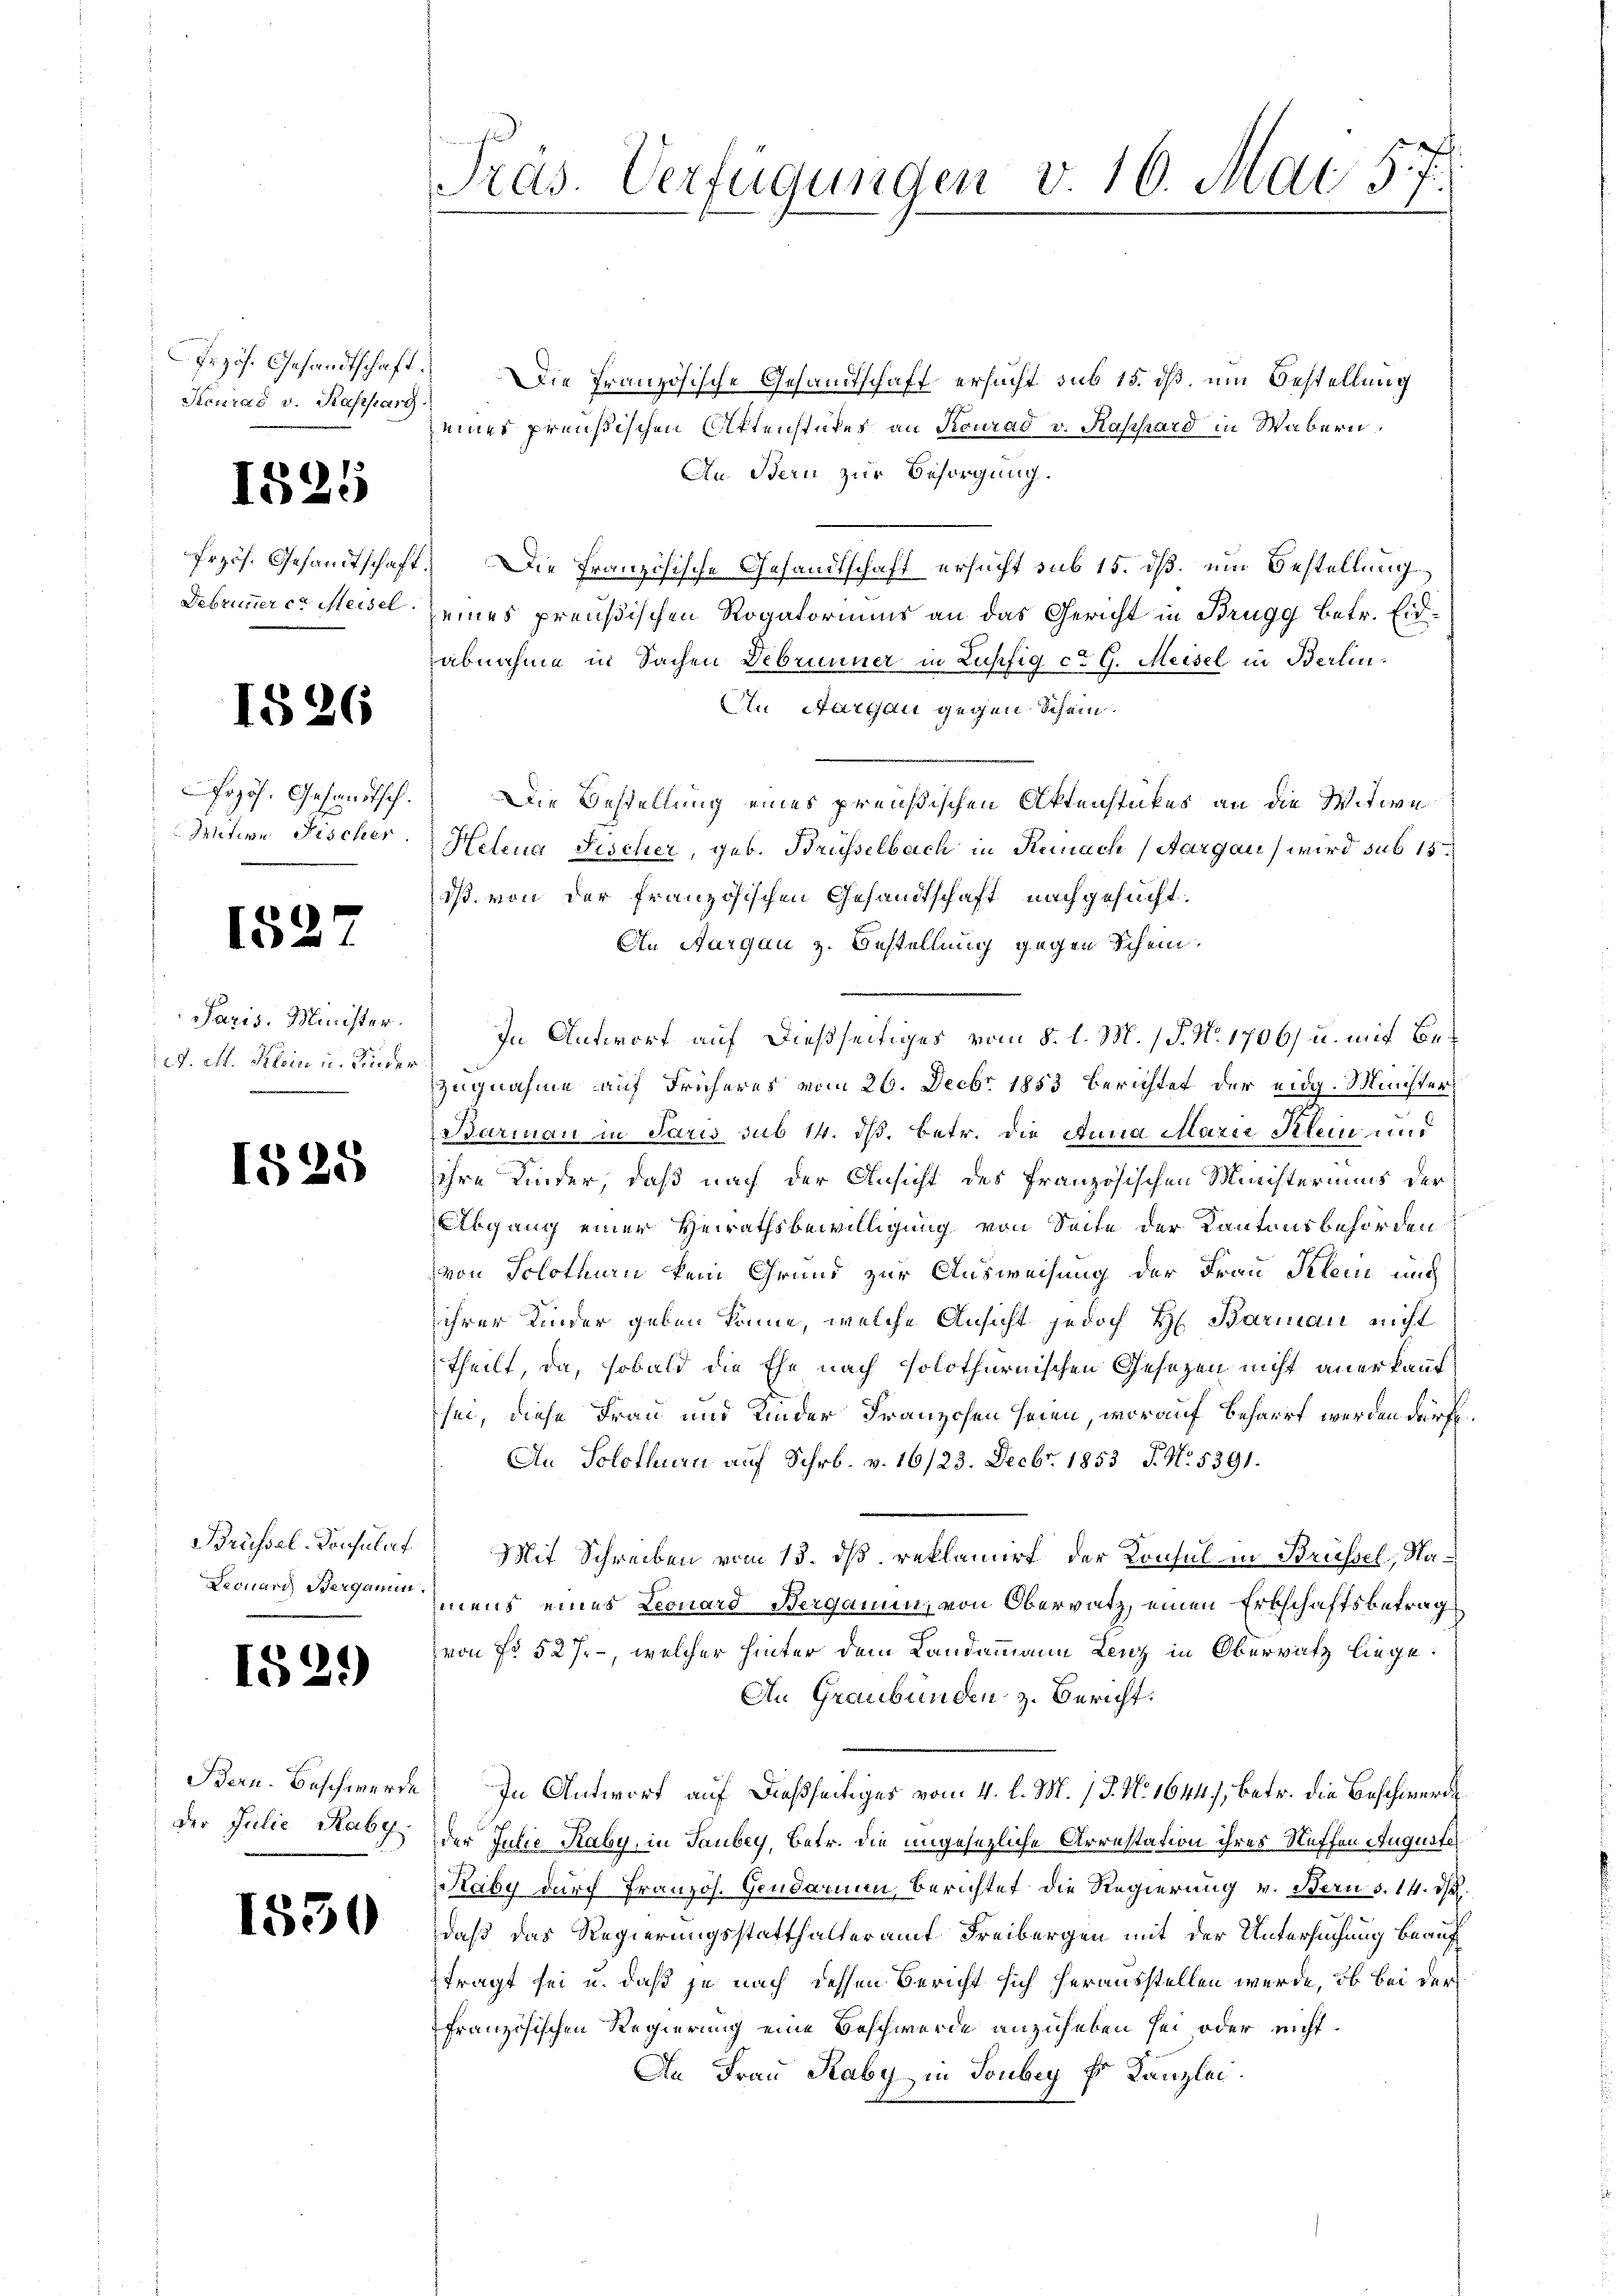
Przös. Gesandtschaft.
Heuras, v. Kassarg.

1825

frzös. Gesandtschaft:
Debrunner er Meisel

1526

rzös. Gesandtsch.
Witwe Fischer

1527

Paris. Minister.
A. M. Klein u. Kinder
d

1825

Brüssel-Konsulat
Leonard Berganen.

1529)

Bern. Beschwerde
Der Julie Raby.

1850

Pras. Verfügungen v. 16. Mai 57.

Die Französische Gesandtschaft ersucht sub 15. dß um Bestellung
eines preußischen Aktenstutes an Konrad v. Raphard in Wabern,
An. Bern zur Besorgung.
Die Französische Gesandtschaft ersucht sub 15. dß ein Bestellung
eines preußischen Rogatoriums an das Gericht in Brugg betr. Eidabnahme in Sachen Debrunner in Lupfig ct G. Meisel in Berlin¬
An Aargau gegen Schein.
Die Bestellung eines preußischen Aktenstückes an die Witwe
Helena Fischer, geb. Brüsselbach in Kemnach (Aargau, wird sub 15
ds. von der französischen Gesandtschaft nachgesucht.
An Aargau z. Bestellung gegen Schein.
In Antwort auf dießseitiges vom 8. d. M. / P. Nr. 1706) u. mit Bezugnahme auf Früheres vom 26. Decbr. 1853 berichtet der eidg. Münster
Barman in Paris sub 14. ds. betr. die Anna Marie Klein und
ihre Kinder, daß nach der Ansicht des französischen Ministeriums der
Abgang einer Heirathsbewilligung von Seite der Kantonsbehörden
von Solothurn kein Grund zur Ausweisung der Frau Klein und
ihrer Kinder geben könne, welche Ansicht jedoch H. Barman nicht
theilt, da, sobald die Ehe nach solothurnischen Gesetzen nicht anerkannt
sei, diese Frau und Kinder Franzosen seien, worauf beharrt werden dürfe.
An Solothurn auf Schr. v. 16/23. Decbr. 1853 J. N. 5391.
Mit Schreiben vom 15. dß reklamiert der Konsul in Brüssel, Namens eines Leonard Berganen, von Obervatz, einen Erbschaftsbetrag
von No 527 - welcher hinter dem Landammann Lenz in Oberratz liege.
An Graubünden z. Bericht.
In Antwort auf dießseitiges vom 4. l. M. 18. No 1644), betr. die Beschwerde
der Julie Kaby, in Taubey, betr. die ungesezliche Arrestation ihres Steffen Auguste
Kaby durch Französ. Gendarmen, Berichtet die Regierung v. Bern s. 14. d.
daß das Regierungsstatthalteramt Freibergen mit der Untersuchung beauf
tragt sei u. daß je nach dessen Bericht sich herausstellen werde, ob bei der
französischen Regierung eine Beschwerde anzuheben sei oder nicht.
An Frau Raby in Tonbey E Kanzlei.